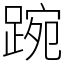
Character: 踠